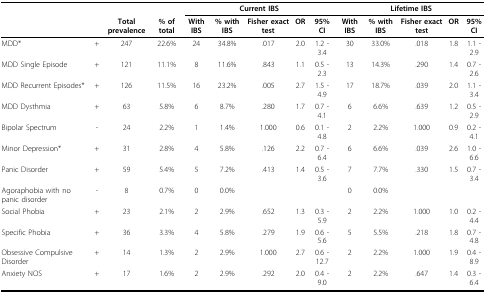
<table><thead><tr><td></td><td></td><td></td><td></td><td colspan="5"><b>Current IBS</b></td><td colspan="5"><b>Lifetime IBS</b></td></tr><tr><td></td><td></td><td><b>Total prevalence</b></td><td><b>% of total</b></td><td><b>With IBS</b></td><td><b>% with IBS</b></td><td><b>Fisher exact test</b></td><td><b>OR</b></td><td><b>95% CI</b></td><td><b>With IBS</b></td><td><b>% with IBS</b></td><td><b>Fisher exact test</b></td><td><b>OR</b></td><td><b>95% CI</b></td></tr></thead><tbody><tr><td>MDD*</td><td>+</td><td>247</td><td>22.6%</td><td>24</td><td>34.8%</td><td>.017</td><td>2.0</td><td>1.2 - 3.4</td><td>30</td><td>33.0%</td><td>.018</td><td>1.8</td><td>1.1 - 2.9</td></tr><tr><td>MDD Single Episode</td><td>+</td><td>121</td><td>11.1%</td><td>8</td><td>11.6%</td><td>.843</td><td>1.1</td><td>0.5 - 2.3</td><td>13</td><td>14.3%</td><td>.290</td><td>1.4</td><td>0.7 - 2.6</td></tr><tr><td>MDD Recurrent Episodes*</td><td>+</td><td>126</td><td>11.5%</td><td>16</td><td>23.2%</td><td>.005</td><td>2.7</td><td>1.5 - 4.9</td><td>17</td><td>18.7%</td><td>.039</td><td>2.0</td><td>1.1 - 3.4</td></tr><tr><td>MDD Dysthmia</td><td>+</td><td>63</td><td>5.8%</td><td>6</td><td>8.7%</td><td>.280</td><td>1.7</td><td>0.7 - 4.1</td><td>6</td><td>6.6%</td><td>.639</td><td>1.2</td><td>0.5 - 2.9</td></tr><tr><td>Bipolar Spectrum</td><td>-</td><td>24</td><td>2.2%</td><td>1</td><td>1.4%</td><td>1.000</td><td>0.6</td><td>0.1 - 4.8</td><td>2</td><td>2.2%</td><td>1.000</td><td>0.9</td><td>0.2 - 4.1</td></tr><tr><td>Minor Depression*</td><td>+</td><td>31</td><td>2.8%</td><td>4</td><td>5.8%</td><td>.126</td><td>2.2</td><td>0.7 - 6.4</td><td>6</td><td>6.6%</td><td>.039</td><td>2.6</td><td>1.0 - 6.6</td></tr><tr><td>Panic Disorder</td><td>+</td><td>59</td><td>5.4%</td><td>5</td><td>7.2%</td><td>.413</td><td>1.4</td><td>0.5 - 3.6</td><td>7</td><td>7.7%</td><td>.330</td><td>1.5</td><td>0.7 - 3.4</td></tr><tr><td>Agoraphobia with no panic disorder</td><td>-</td><td>8</td><td>0.7%</td><td>0</td><td>0.0%</td><td></td><td></td><td></td><td>0</td><td>0.0%</td><td></td><td></td><td></td></tr><tr><td>Social Phobia</td><td>+</td><td>23</td><td>2.1%</td><td>2</td><td>2.9%</td><td>.652</td><td>1.3</td><td>0.3 - 5.9</td><td>2</td><td>2.2%</td><td>1.000</td><td>1.0</td><td>0.2 - 4.4</td></tr><tr><td>Specific Phobia</td><td>+</td><td>36</td><td>3.3%</td><td>4</td><td>5.8%</td><td>.279</td><td>1.9</td><td>0.6 - 5.6</td><td>5</td><td>5.5%</td><td>.218</td><td>1.8</td><td>0.7 - 4.8</td></tr><tr><td>Obsessive Compulsive Disorder</td><td>+</td><td>14</td><td>1.3%</td><td>2</td><td>2.9%</td><td>1.000</td><td>2.7</td><td>0.6 - 12.7</td><td>2</td><td>2.2%</td><td>1.000</td><td>1.9</td><td>0.4 - 8.9</td></tr><tr><td>Anxiety NOS</td><td>+</td><td>17</td><td>1.6%</td><td>2</td><td>2.9%</td><td>.292</td><td>2.0</td><td>0.4 - 9.0</td><td>2</td><td>2.2%</td><td>.647</td><td>1.4</td><td>0.3 - 6.4</td></tr></tbody></table>